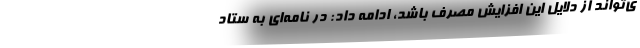
ی‌تواند از دلایل این افزایش مصرف باشد، ادامه داد: در نامه‌ای به ستاد